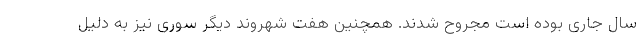
سال جاری بوده است مجروح شدند. همچنین هفت شهروند دیگر سوری نیز به دلیل